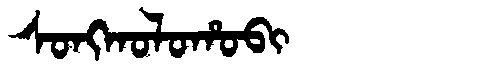
Manchu: ᠰᠣᠩᡴᠣᠯᠣᡥᠣᠪᡳ
Romanization: SONGKOLOHOBI